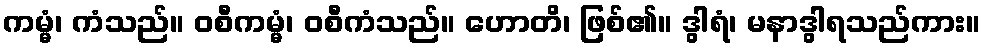
ကမ္မံ၊ ကံသည်။ ဝစီကမ္မံ၊ ဝစီကံသည်။ ဟောတိ၊ ဖြစ်၏။ ဒွါရံ၊ မနာဒွါရသည်ကား။